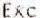
EXC